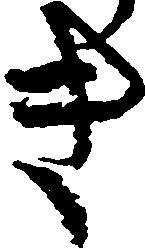
き